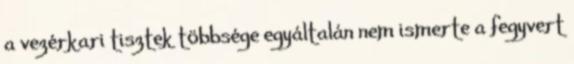
a vezérkari tisztek többsége egyáltalán nem ismerte a fegyvert